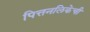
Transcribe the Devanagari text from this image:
पित्तनलिकेची